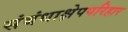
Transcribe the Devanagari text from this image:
संबंधाक्षेपपरिहार